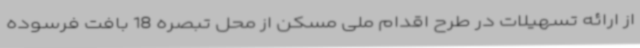
از ارائه تسهیلات در طرح اقدام ملی مسکن از محل تبصره 18 بافت فرسوده